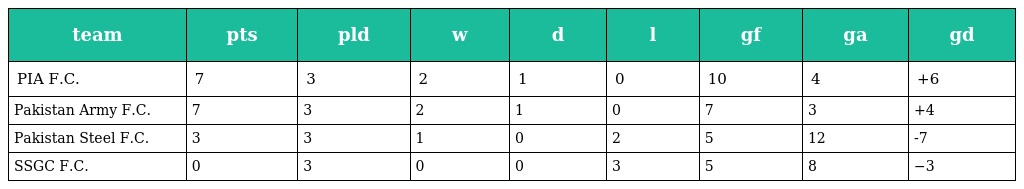
| team | pts | pld | w | d | l | gf | ga | gd |
 | --- | --- | --- | --- | --- | --- | --- | --- | --- |
 | PIA F.C. | 7 | 3 | 2 | 1 | 0 | 10 | 4 | +6 |
 | Pakistan Army F.C. | 7 | 3 | 2 | 1 | 0 | 7 | 3 | +4 |
 | Pakistan Steel F.C. | 3 | 3 | 1 | 0 | 2 | 5 | 12 | -7 |
 | SSGC F.C. | 0 | 3 | 0 | 0 | 3 | 5 | 8 | −3 |